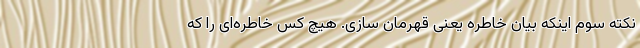
نکته سوم اینکه بیان خاطره یعنی قهرمان سازی. هیچ کس خاطره‌ای را که